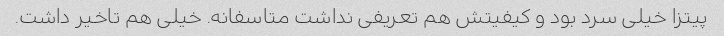
پیتزا خیلی سرد بود و کیفیتش هم تعریفی نداشت متاسفانه. خیلی هم تاخیر داشت.